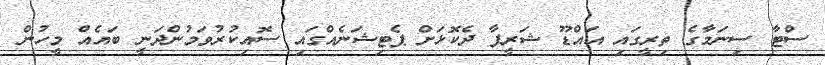
ސްޓާ ސިނަމާގެ ތިރީގައި އައްޑޫ ޝަރީފާ ދެކޮޅަށް ޕެޓިޝަނެއްގައި ސޮއިކުރުވަމުންދަނީ ބައެއް މީހުން